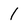
Character: 1